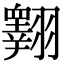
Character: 𦒢